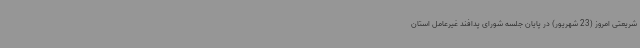
شریعتی امروز (23 شهریور) در پایان جلسه شورای پدافند غیرعامل استان